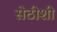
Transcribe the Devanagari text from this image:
सेठीशी